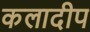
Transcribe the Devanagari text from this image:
कलादीप